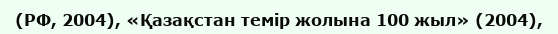
(РФ, 2004), «Қазақстан темір жолына 100 жыл» (2004),